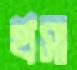
খসা